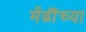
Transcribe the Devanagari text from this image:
मेंढींच्या